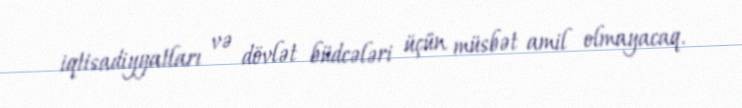
iqtisadiyyatları və dövlət büdcələri üçün müsbət amil olmayacaq.